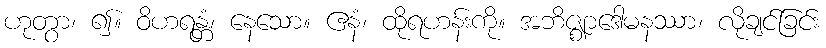
ဟုတွာ၊ ၍။ ဝိဟရန္တံ၊ နေသော။ ဧနံ၊ ထိုရဟန်းကို။ အဘိဇ္ဈာဒေါမနဿာ၊ လိုချင်ခြင်း